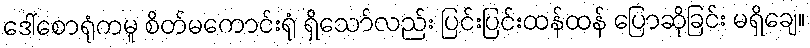
ဒေါ်စောရုံကမူ စိတ်မကောင်းရုံ ရှိသော်လည်း ပြင်းပြင်းထန်ထန် ပြောဆိုခြင်း မရှိချေ။